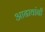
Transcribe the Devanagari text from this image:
आढावांनी